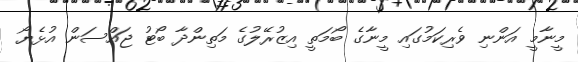
މީނާމީ އަންނި ވެރިކަމުގައި މީނާގެ ބޯމަތީ އިޒުރޭލުގެ މަތިންދާ ބޯޓު ޖައްސަން އުޅެޔޯ